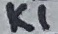
Text: K1